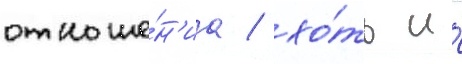
отноше́н'иа / хо́ть и́